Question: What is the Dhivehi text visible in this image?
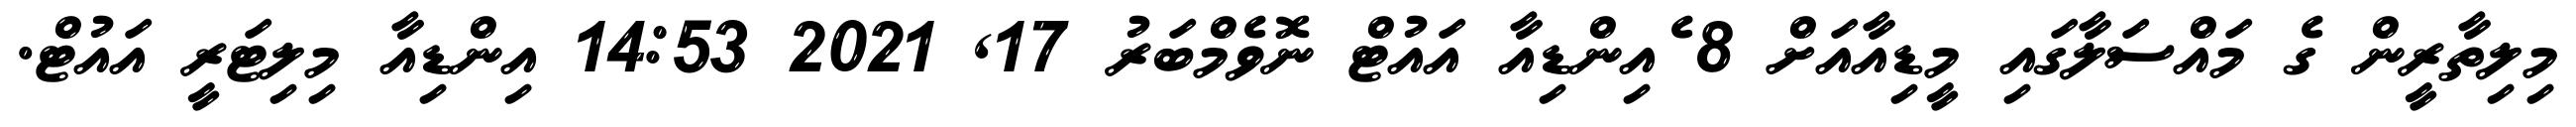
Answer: މިލިތާރީން ގެ މައްސަލާގައި މީޑިއާއަށް 8 ެއިންޑިއާ އައުޓް ނޮވެމްބަރު 17, 2021 14:53 އިންޑިއާ މިލިޓަރީ އައުޓް.